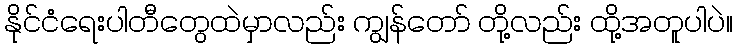
နိုင်ငံရေးပါတီတွေထဲမှာလည်း ကျွန်တော် တို့လည်း ထို့အတူပါပဲ။